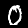
Digit: 0